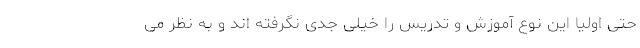
حتی اولیا این نوع آموزش و تدریس را خیلی جدی نگرفته اند و به نظر می